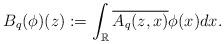
LaTeX: \begin{align*}B_q(\phi)(z):=\displaystyle \int_{\mathbb{R}}\overline{A_q(z,x)}\phi(x)dx.\end{align*}